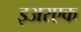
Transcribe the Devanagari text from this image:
इअरएक